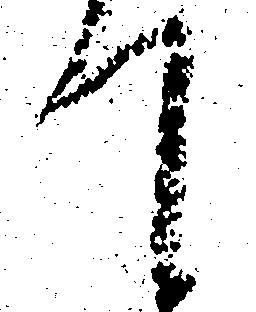
て